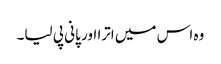
وہ اس میں اترا اور پانی پی لیا۔